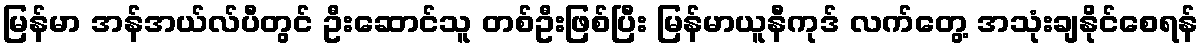
မြန်မာ အန်အယ်လ်ပီတွင် ဦးဆောင်သူ တစ်ဦးဖြစ်ပြီး မြန်မာယူနီကုဒ် လက်တွေ့ အသုံးချနိုင်စေရန်